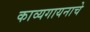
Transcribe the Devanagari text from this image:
काव्यगायनाचे